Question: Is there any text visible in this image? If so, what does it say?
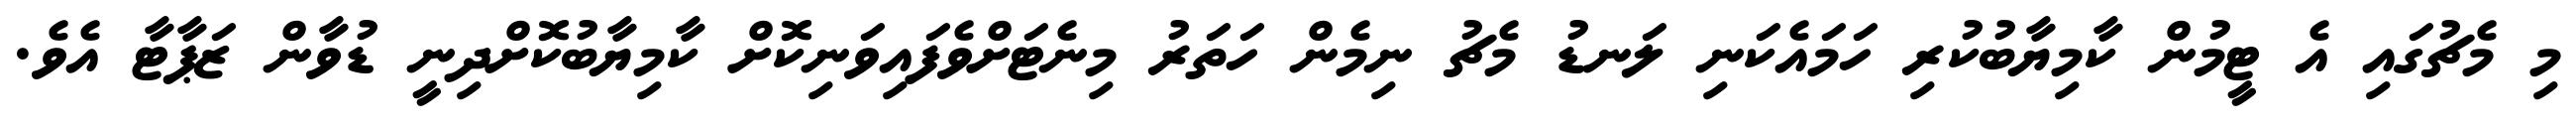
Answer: މި މެޗުގައި އެ ޓީމުން ކާމިޔާބުކުރި ހަމައެކަނި ލަނޑު މެޗު ނިމެން ހަތަރު މިނެޓަށްވެފައިވަނިކޮށް ކާމިޔާބުކޮށްދިނީ ޑުވާން ޒަޕާޓާ އެވެ.